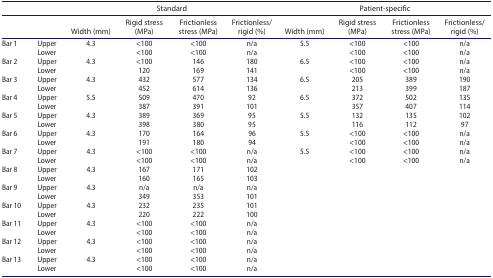
<table><thead><tr><td><b> </b></td><td><b> </b></td><td colspan="4"><b>Standard</b></td><td colspan="4"><b>Patient-specific</b></td></tr><tr><td><b> </b></td><td><b> </b></td><td><b>Width (mm)</b></td><td><b>Rigid stress (MPa)</b></td><td><b>Frictionless stress (MPa)</b></td><td><b>Frictionless/rigid (%)</b></td><td><b>Width (mm)</b></td><td><b>Rigid stress (MPa)</b></td><td><b>Frictionless stress (MPa)</b></td><td><b>Frictionless/rigid (%)</b></td></tr></thead><tbody><tr><td>Bar 1</td><td>Upper</td><td>4.3</td><td>&lt;100</td><td>&lt;100</td><td>n/a</td><td>5.5</td><td>&lt;100</td><td>&lt;100</td><td>n/a</td></tr><tr><td> </td><td>Lower</td><td> </td><td>&lt;100</td><td>&lt;100</td><td>n/a</td><td> </td><td>&lt;100</td><td>&lt;100</td><td>n/a</td></tr><tr><td>Bar 2</td><td>Upper</td><td>4.3</td><td>&lt;100</td><td>146</td><td>180</td><td>6.5</td><td>&lt;100</td><td>&lt;100</td><td>n/a</td></tr><tr><td> </td><td>Lower</td><td> </td><td>120</td><td>169</td><td>141</td><td> </td><td>&lt;100</td><td>&lt;100</td><td>n/a</td></tr><tr><td>Bar 3</td><td>Upper</td><td>4.3</td><td>432</td><td>577</td><td>134</td><td>6.5</td><td>205</td><td>389</td><td>190</td></tr><tr><td> </td><td>Lower</td><td> </td><td>452</td><td>614</td><td>136</td><td> </td><td>213</td><td>399</td><td>187</td></tr><tr><td>Bar 4</td><td>Upper</td><td>5.5</td><td>509</td><td>470</td><td>92</td><td>6.5</td><td>372</td><td>502</td><td>135</td></tr><tr><td> </td><td>Lower</td><td> </td><td>387</td><td>391</td><td>101</td><td> </td><td>357</td><td>407</td><td>114</td></tr><tr><td>Bar 5</td><td>Upper</td><td>4.3</td><td>389</td><td>369</td><td>95</td><td>5.5</td><td>132</td><td>135</td><td>102</td></tr><tr><td> </td><td>Lower</td><td> </td><td>398</td><td>380</td><td>95</td><td> </td><td>116</td><td>112</td><td>97</td></tr><tr><td>Bar 6</td><td>Upper</td><td>4.3</td><td>170</td><td>164</td><td>96</td><td>5.5</td><td>&lt;100</td><td>&lt;100</td><td>n/a</td></tr><tr><td> </td><td>Lower</td><td> </td><td>191</td><td>180</td><td>94</td><td> </td><td>&lt;100</td><td>&lt;100</td><td>n/a</td></tr><tr><td>Bar 7</td><td>Upper</td><td>4.3</td><td>&lt;100</td><td>&lt;100</td><td>n/a</td><td>5.5</td><td>&lt;100</td><td>&lt;100</td><td>n/a</td></tr><tr><td> </td><td>Lower</td><td> </td><td>&lt;100</td><td>&lt;100</td><td>n/a</td><td> </td><td>&lt;100</td><td>&lt;100</td><td>n/a</td></tr><tr><td>Bar 8</td><td>Upper</td><td>4.3</td><td>167</td><td>171</td><td>102</td><td> </td><td> </td><td> </td><td> </td></tr><tr><td> </td><td>Lower</td><td> </td><td>160</td><td>165</td><td>103</td><td> </td><td> </td><td> </td><td> </td></tr><tr><td>Bar 9</td><td>Upper</td><td>4.3</td><td>n/a</td><td>n/a</td><td>n/a</td><td> </td><td> </td><td> </td><td> </td></tr><tr><td> </td><td>Lower</td><td> </td><td>349</td><td>353</td><td>101</td><td> </td><td> </td><td> </td><td> </td></tr><tr><td>Bar 10</td><td>Upper</td><td>4.3</td><td>232</td><td>235</td><td>101</td><td> </td><td> </td><td> </td><td> </td></tr><tr><td> </td><td>Lower</td><td> </td><td>220</td><td>222</td><td>100</td><td> </td><td> </td><td> </td><td> </td></tr><tr><td>Bar 11</td><td>Upper</td><td>4.3</td><td>&lt;100</td><td>&lt;100</td><td>n/a</td><td> </td><td> </td><td> </td><td> </td></tr><tr><td> </td><td>Lower</td><td> </td><td>&lt;100</td><td>&lt;100</td><td>n/a</td><td> </td><td> </td><td> </td><td> </td></tr><tr><td>Bar 12</td><td>Upper</td><td>4.3</td><td>&lt;100</td><td>&lt;100</td><td>n/a</td><td> </td><td> </td><td> </td><td> </td></tr><tr><td> </td><td>Lower</td><td> </td><td>&lt;100</td><td>&lt;100</td><td>n/a</td><td> </td><td> </td><td> </td><td> </td></tr><tr><td>Bar 13</td><td>Upper</td><td>4.3</td><td>&lt;100</td><td>&lt;100</td><td>n/a</td><td> </td><td> </td><td> </td><td> </td></tr><tr><td> </td><td>Lower</td><td> </td><td>&lt;100</td><td>&lt;100</td><td>n/a</td><td> </td><td> </td><td> </td><td> </td></tr></tbody></table>